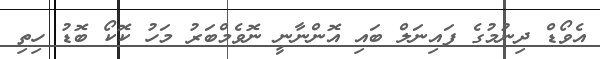
އެވޯޑް ދިނުމުގެ ފައިނަލް ބައި އޮންނާނީ ނޮވެމްބަރު މަހު ކޮކޯ ބޮޑު ހިތި